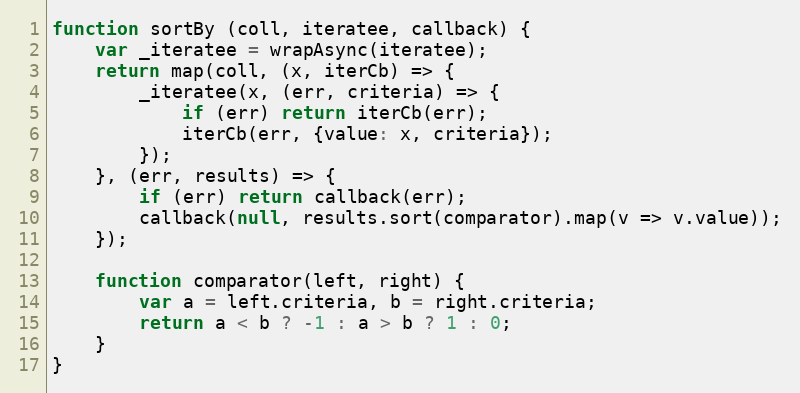
Language: JavaScript
function sortBy (coll, iteratee, callback) {
    var _iteratee = wrapAsync(iteratee);
    return map(coll, (x, iterCb) => {
        _iteratee(x, (err, criteria) => {
            if (err) return iterCb(err);
            iterCb(err, {value: x, criteria});
        });
    }, (err, results) => {
        if (err) return callback(err);
        callback(null, results.sort(comparator).map(v => v.value));
    });

    function comparator(left, right) {
        var a = left.criteria, b = right.criteria;
        return a < b ? -1 : a > b ? 1 : 0;
    }
}